Indian Medical Review
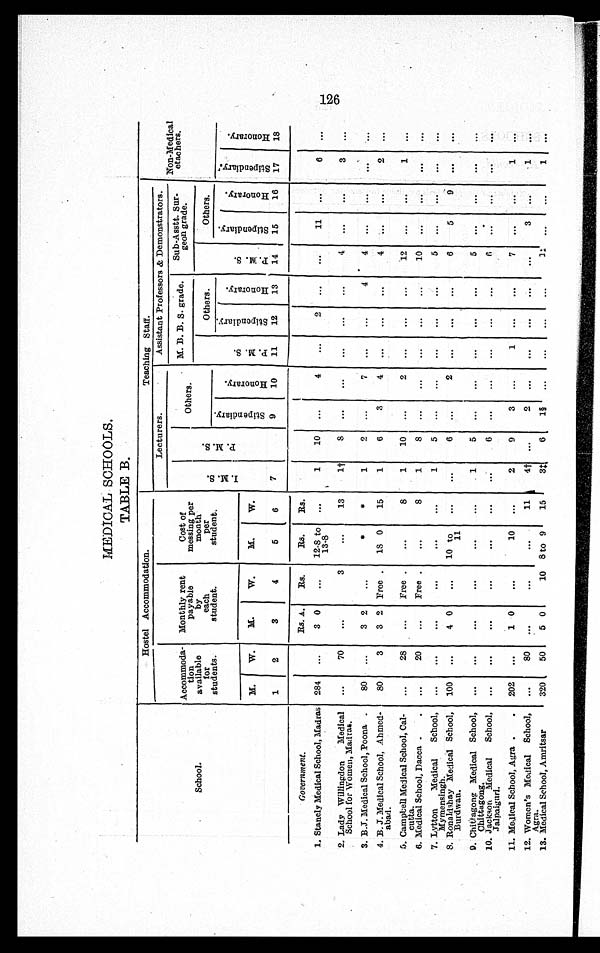
MEDICAL SCHOOLS.
TABLE B.
School.
Hostel Accommodation.
Teaching Staff.
Non-Medical
etachears.
Accommoda-
tion
available
for
students.
Lecturers.
Assistant Professors & Demonstrators.
Monthly rent
payable
by
each
student.
Cost of
messing per
month
per
student.
I . M . S
7
P . M . S
Others.
M.B.B. S. grade.
S u b - A s s t . S u r -
geon grade.
P . M . S
11
Others.
P . M . S
14
Others.
S t i p e n d i a r y .
9
H o n o r a r y .
10
S t i p e n d i a r y .
15
H o n o r a r y .
16
S t i p e n d i a r y .
17
H o n o r a r y .
18
S t i p e n d i a r y .
12
H o n o r a r y
13
M.
1
W.
2
M.
3
W.
4
M.
5
W.
6
Government.
R s . A.
Rs.
Rs.
Rs.
1. Stanely Medical School, Madras 284 ...
3 0
...
12-8 to
13-8
...
1
10 ...
4
...
2 ...
...
11 ...
6 ...
2. Lady Willingdon Medical
School for Women, Madras.
...
70
...
3
...
13
1 †
8 ...
. . . ...
. . . ...
4 ...
...
3 ...
3. B.J. Medical School, Poona.
80 ...
3 2
...
*
*
1
2 ...
7 ...
...
4
4 ...
...
...
4. B. J. Medical School, Ahmed-
abad.
80
3
3 2 Free. 18 0
15
1
6
3
4 ...
...
...
4
... ...
2 ...
5. Campbell Medical School, Cal-
cutta.
...
28
...
Free.
...
8
1
10 ...
2 ...
...
...
12 ...
. . .
1 ...
6. Medical School, Dacca.
...
20
...
Free.
...
8
1
8 ...
. . .
.............. . . .
...
10 ...
.
...
...
7. Lytton Medical School,
Mymensingh.
...
...
...
. . .
...
. . .
1
5
...
. . . ...
. . .
...
5
. . .
. . .
. . .
. . .
100 ...
4 0
...
10 to
11
...
...
6 ...
2 ...
...
...
6
5
9 ...
...
8. Ronaldshay Medical School,
Burdwan.
9. Chittagong Medical School,
Chittagong.
...
...
...
...
...
...
1
5 ...
...
...
...
...
5 ...
...
. . . ...
10. Jackson Medical School,
Jalpaiguri.
...
...
...
...
...
...
...
6 ...
...
...
...
...
6 ...
. . .
. . .
. . .
11. Medical School, Agra .
202 ...
1 0
...
10 ...
2
9
3 ...
1
. . .
...
7 ...
. . .
1 ...
12. Women's Medical School,
Agra.
...
80 ...
...
...
11
4 † . . .
2
. . . ...
. . .
...
. . . 3
. . .
. 1 . . .
320
50
5 0
100 8 to 9
15
3 ‡
6
1§ ...
...
...
. . .
11 ...
. . .
1
. . .
13. Medical School, Amritsar